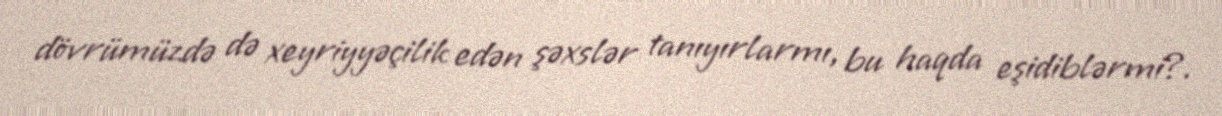
dövrümüzdə də xeyriyyəçilik edən şəxslər tanıyırlarmı, bu haqda eşidiblərmi?.